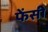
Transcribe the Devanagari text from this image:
फेंसी